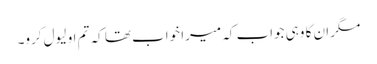
مگر ان کا وہی جواب کہ میرا خواب تھا کہ تم او لیول کرو۔